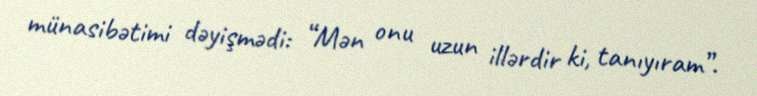
münasibətimi dəyişmədi: “Mən onu uzun illərdir ki, tanıyıram”.